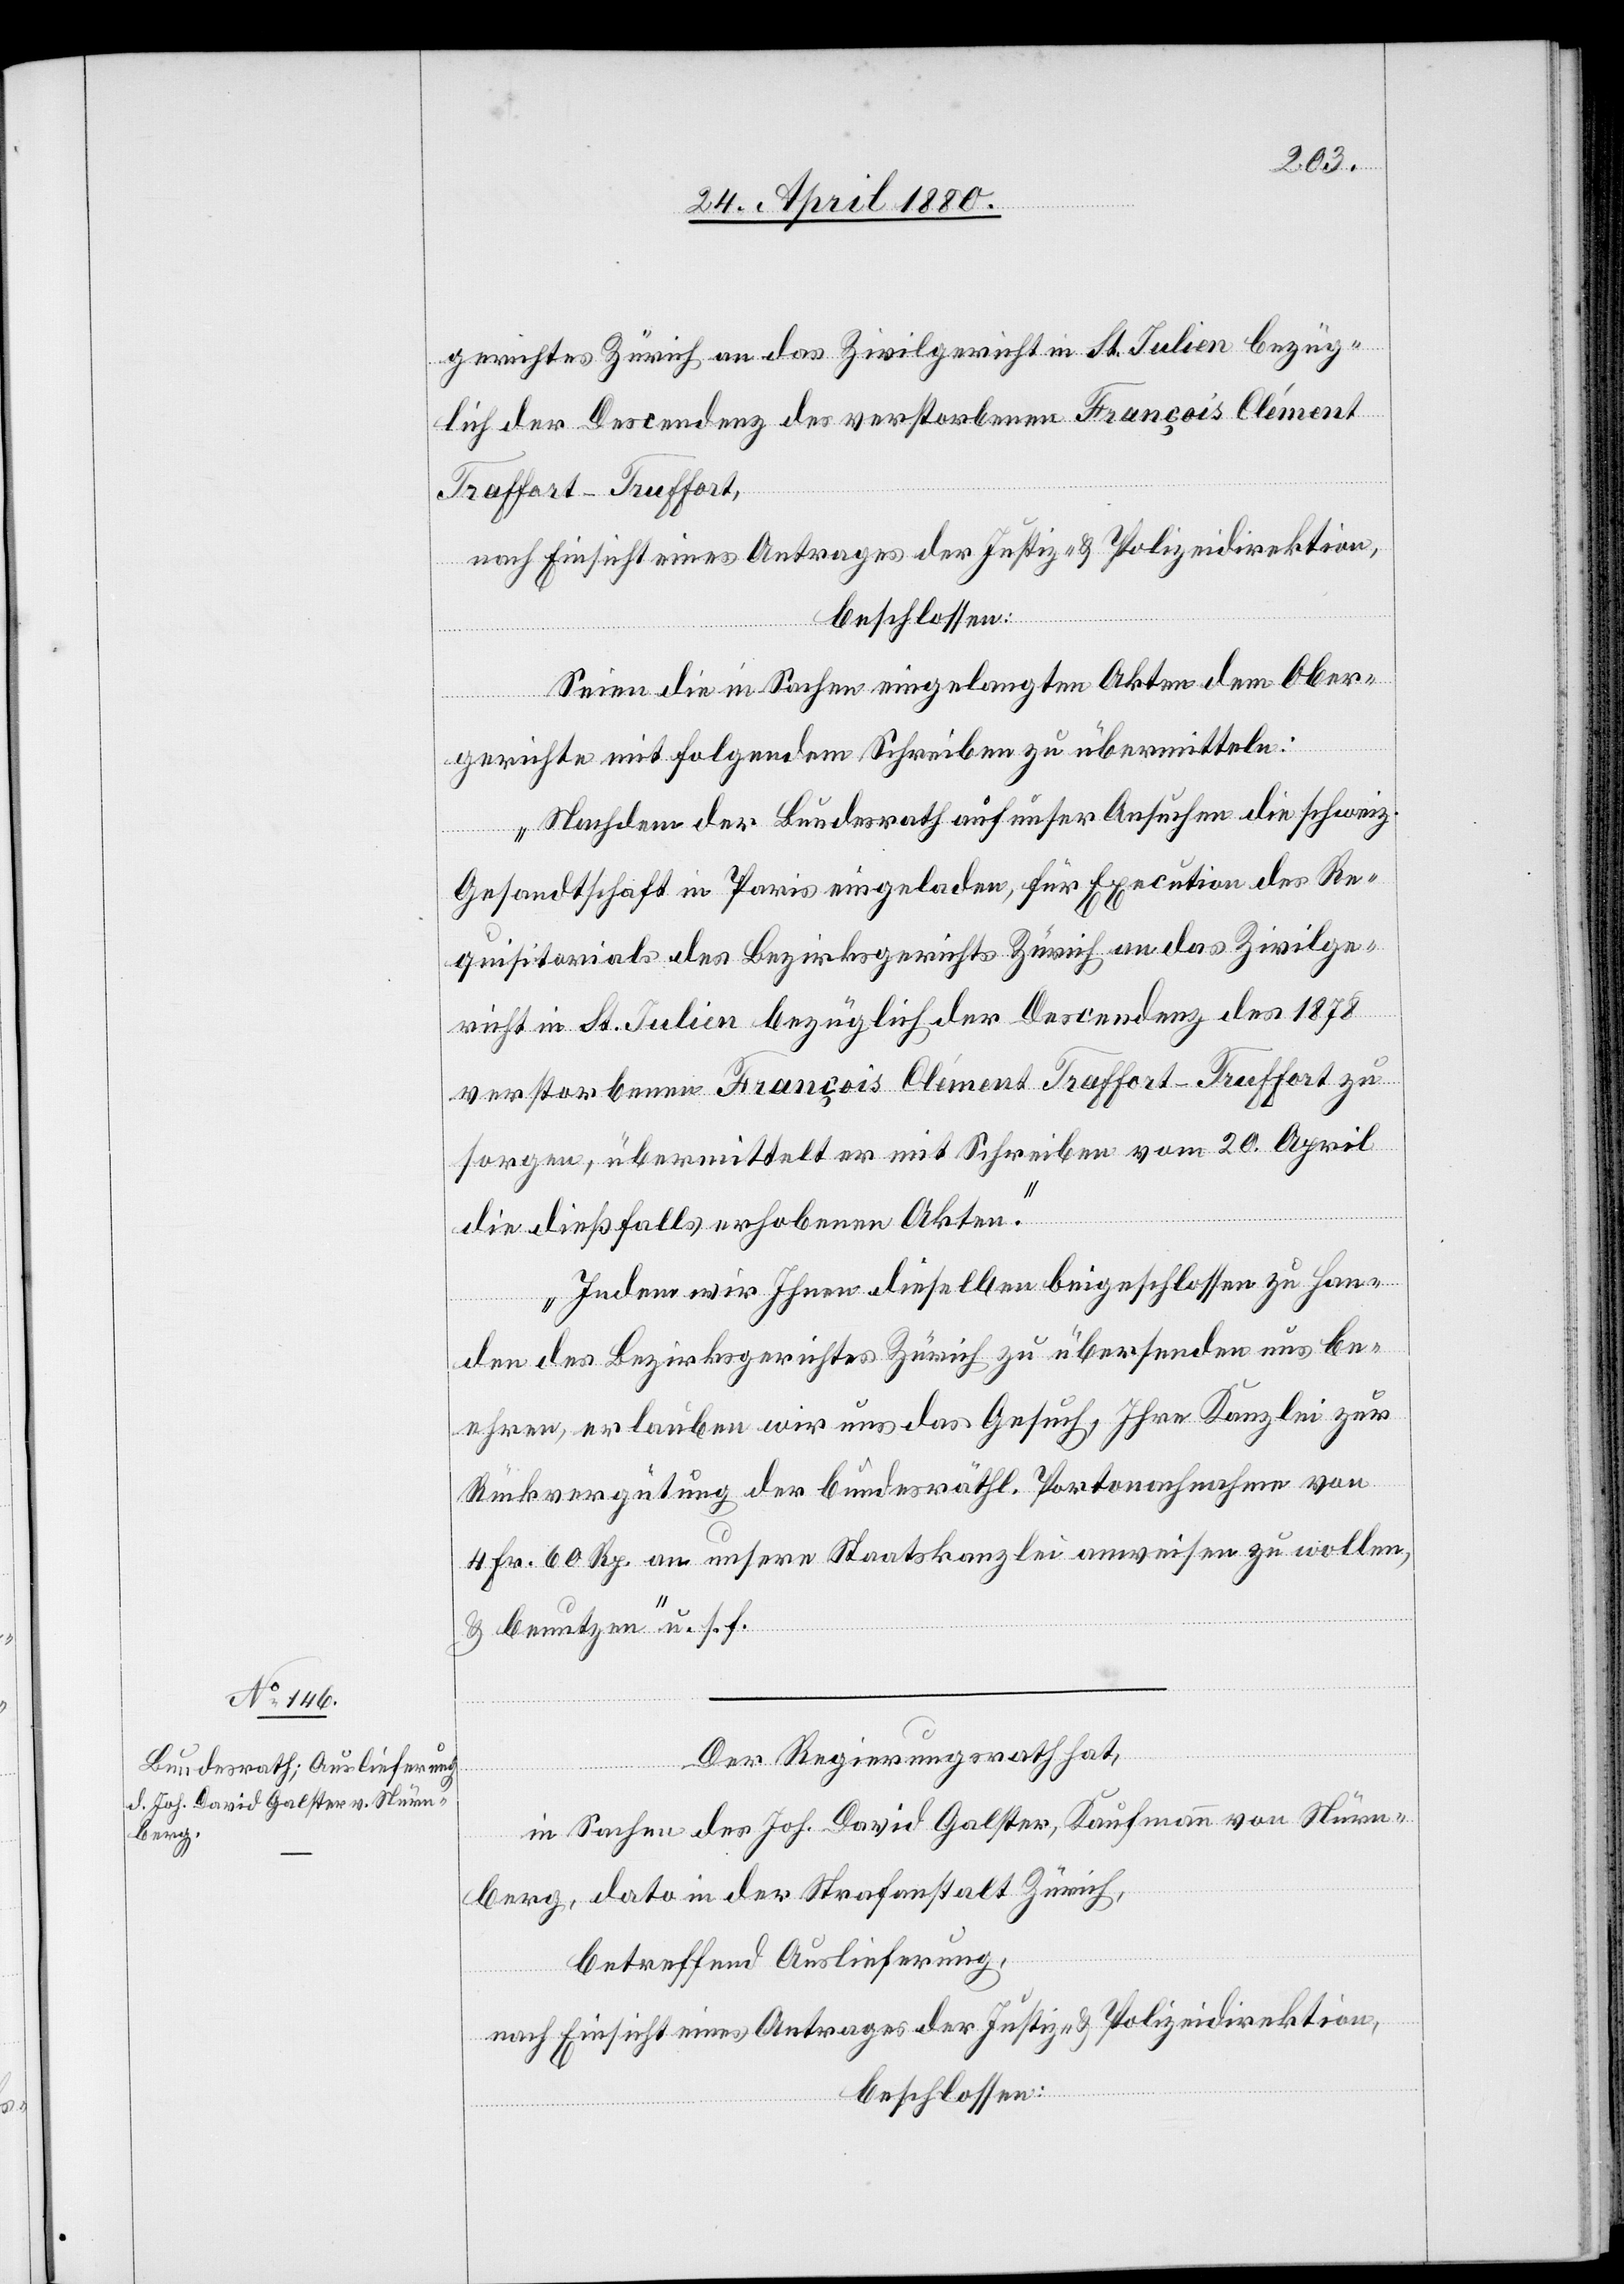
gerichtes Zürich an das Zivilgericht St. Julien bezüg¬
lich der Descendenz des verstorbenen François Clément
Traffort-Truffort
nach Einsicht eines Antrages der Justiz- & Polizeidirektion,
beschlossen:
Seien die in Sachen eingelegten Akten dem Ober¬
gerichte mit folgendem Schreiben zu übermitteln:
„Nachdem der Bundesrath auf unser Ansuchen die schweiz.
Gesandtschaft in Paris eingeladen, für Execution des Re¬
quisitorials des Bezirksgerichtes Zürich an das Zivilge¬
richt in St. Julien bezüglich der Descendenz des 1878
verstorbenen François Clément Trafford-Truffort zu
sorgen, übermittelt er mit Schreiben vom 20. April
die dießfalls erhobenen Akten.
Indem wir Ihnen dieselben beigeschlossen zu Han¬
den des Bezirksgerichtes Zürich zu übersenden uns be¬
ehren, erlauben wir uns das Gesuch, Ihre Kanzlei zur
Rückvergütung der bundesräthl. Portonachnahme von
4 Fr. 60 Rp. an unsere Staatskanzlei anweisen zu wollen,
& benutzen“ u. s. f.
Der Regierungsrath hat,
in Sachen des Joh. David Galster, Kaufmann von Nürn¬
berg, dato in der Strafanstalt Zürich,
betreffend Auslieferung,
nach Einsicht eines Antrages der Justiz- & Polizeidirektion,
beschlossen: